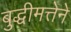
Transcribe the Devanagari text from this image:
बुद्धीमत्तेने